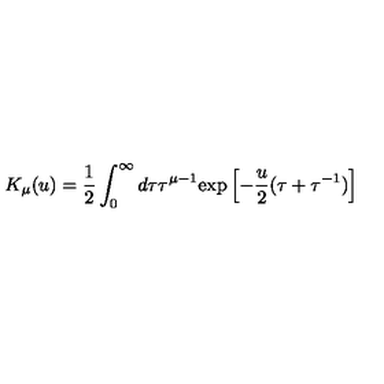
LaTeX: K _ { \mu } ( u ) = \frac 1 2 \int _ { 0 } ^ { \infty } d \tau \tau ^ { \mu - 1 } \mathrm { e x p } \left[ - \frac u 2 ( \tau + \tau ^ { - 1 } ) \right]